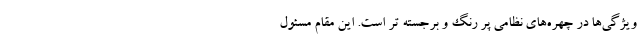
ویژگی‌ها در چهره‌های نظامی پر رنگ و برجسته تر است. این مقام مسئول